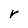
Character: r